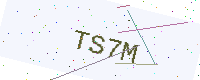
Text: TS7M